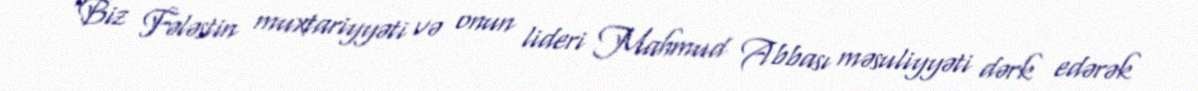
“Biz Fələstin muxtariyyəti və onun lideri Mahmud Abbası məsuliyyəti dərk edərək